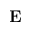
\mathbf E